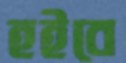
হইবে